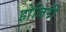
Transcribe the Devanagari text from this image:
होजिरी